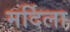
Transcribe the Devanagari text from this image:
मर्दिला